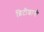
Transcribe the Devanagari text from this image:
ब्रिटीशानी